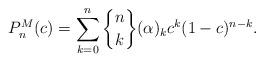
LaTeX: \begin{align*}P_{n}^{M}(c) =\sum\limits_{k=0}^{n}\genfrac{\{}{\}}{0pt}{}{n}{k}(\alpha)_{k} c^{k}(1-c) ^{n-k}. \end{align*}